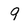
Character: 9